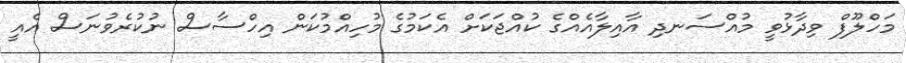
މަހްލޫފް ވިދާޅުވީ މުއްސަނދި އާއިލާއެއްގެ ކުއްޖަކަށް އެކަމުގެ މުހިއްމުކަން އިހްސާސް ނުކުރެވުނަސް އެއީ